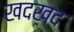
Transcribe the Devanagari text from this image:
खदखद